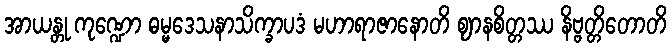
အာယန္တု ကုဏ္ဍော ဓမ္မဒေသနာသိက္ခာပဒံ မဟာရာဇာနောတိ ဈာနစိတ္တဿ နိဗ္ဗတ္တိတောတိ